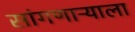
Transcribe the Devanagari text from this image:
सांगणाऱ्याला